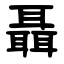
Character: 聶